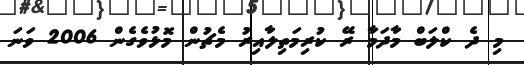
މި ދެ ކްލަބް މާދަމާ ރޭ ކުރިމަތިލާއިރު މެޗުން މޮޅުވެގެން 2006 ވަނަ